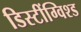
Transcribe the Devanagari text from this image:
डिस्टींग्विश्ड